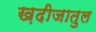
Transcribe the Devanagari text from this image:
ख़दीजातुल